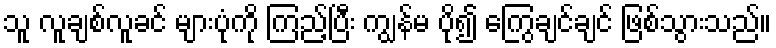
သူ လူချစ်လူခင် များပုံကို ကြည့်ပြီး ကျွန်မ ပို၍ ကြွေချင်ချင် ဖြစ်သွားသည်။